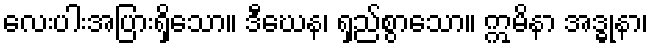
လေးပါးအပြားရှိသော။ ဒီဃေန၊ ရှည်စွာသော။ ဣမိနာ အဒ္ဓုနာ၊